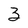
Character: 3